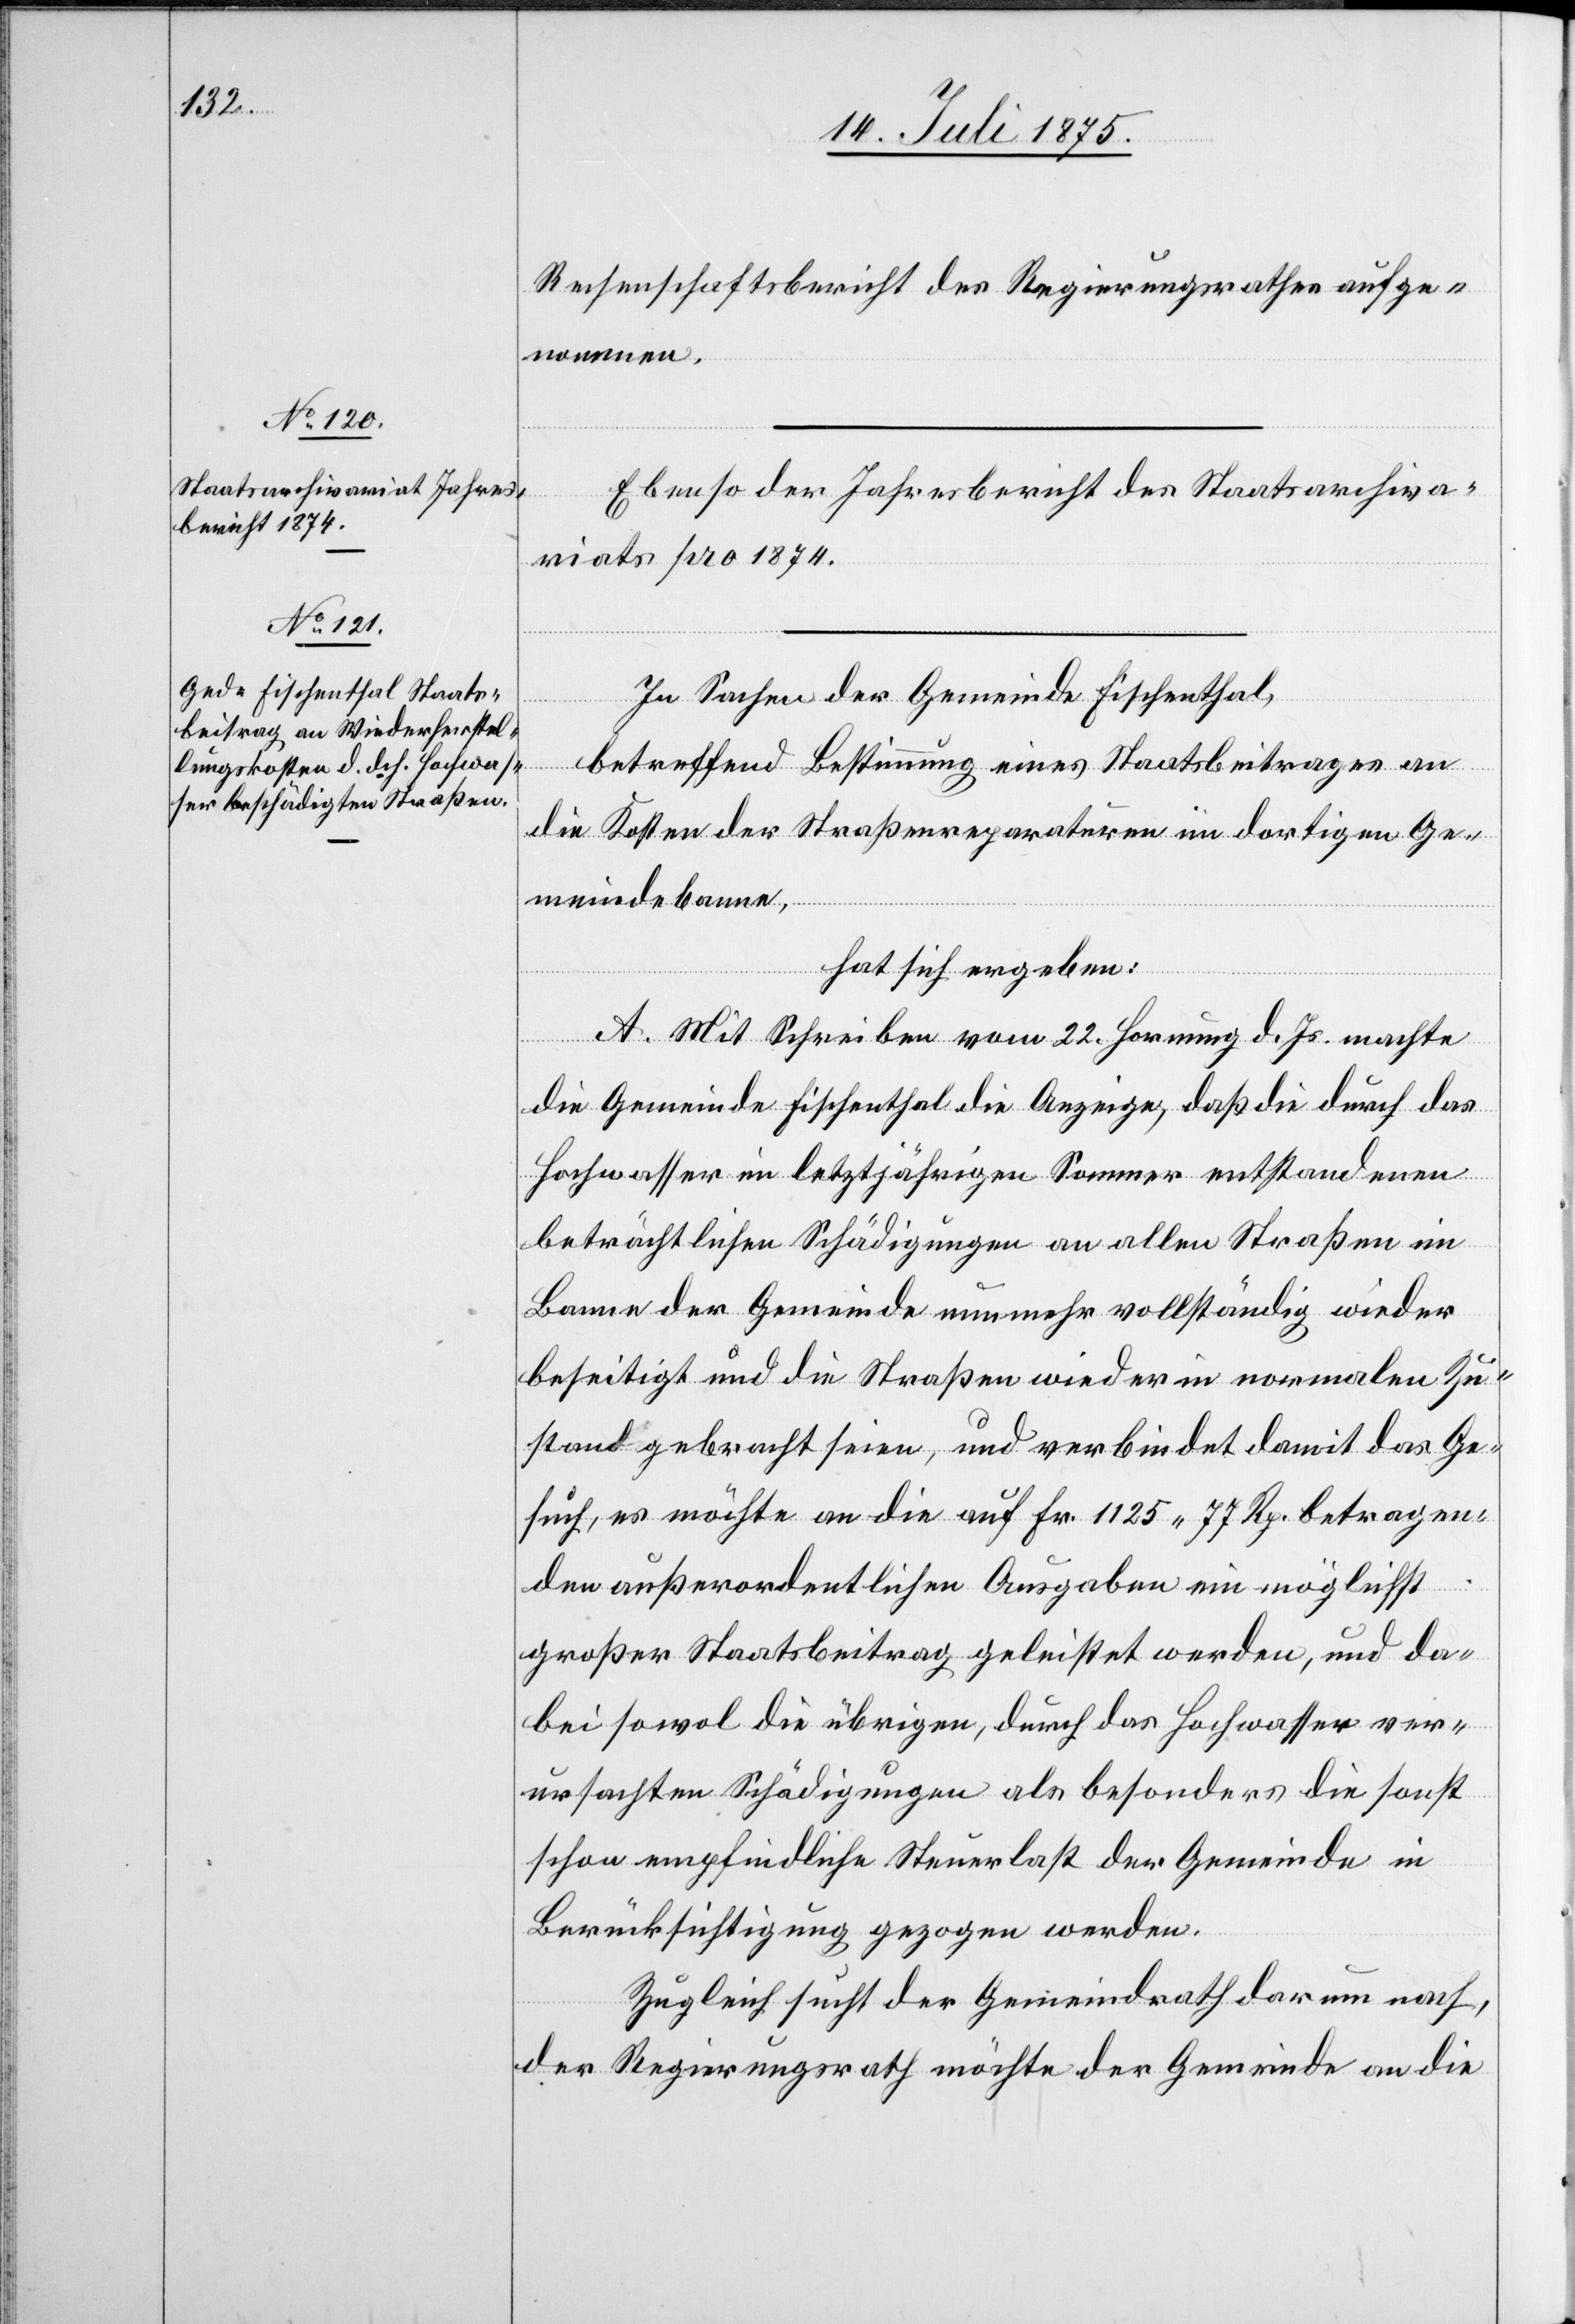
nommen.
Ebenso der Jahresbericht des Staatsarchiva¬
riates pro 1874.
In Sachen der Gemeinde Fischenthal,
betreffend Bestimmung eines Staatsbeitrages an
die Kosten der Straßenreparaturen im dortigen Ge¬
aufge¬
meindebanne,
hat sich ergeben:
thes
A. Mit Schreiben vom 22. Hornung d. Js. machte
die Gemeinde Fischenthal die Anzeige, daß die durch das
Hochwasser im letztjährigen Sommer entstandenen
beträchtlichen Schädigungen an allen Straßen im
Banne der Gemeinde nun mehr vollständig wieder
beseitigt und die Straßen wieder in normalen Zu¬
stand gebracht seien, und verbindet damit das Ge¬
such, es möchte an die auf Fr. 1125 77 Rp. betragen¬
den außerordentlichen Ausgaben ein möglichst
großer Staatsbeitrag geleistet werden, und da¬
bei sowol die übrigen, durch das Hochwasser ver¬
ursachten Schädigungen als besonders die sonst
schon empfindliche Steuerlast der Gemeinde in
Berücksichtigung gezogen werden.
Zugleich sucht der Gemeindrath darum nach,
der Regierungsrath möchte der Gemeinde an die